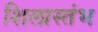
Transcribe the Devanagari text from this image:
शिलास्तंभ